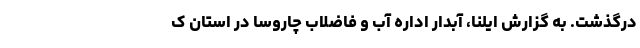
درگذشت. به گزارش ایلنا، آبدار اداره آب و فاضلاب چاروسا در استان ک